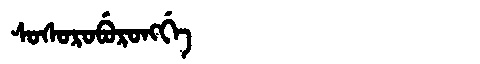
Manchu: ᠰᠣᠰᠣᡵᠣᠪᡠᡵᠣᠩᡤᡝ
Romanization: SOSOROBURONGGE